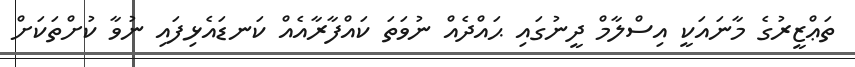
ތަޢްޒީރުގެ މާނައަކީ އިސްލާމް ދީނުގައި ޙައްދެއް ނުވަތަ ކައްފާރާއެއް ކަނޑައެޅިފައި ނުވާ ކުށްތަކަށް